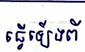
ធ្វើឡើងពី